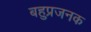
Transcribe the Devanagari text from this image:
बहुप्रजनक